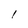
Character: 1